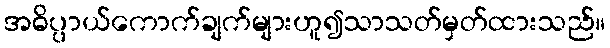
အဓိပ္ပာယ်ကောက်ချက်များဟူ၍သာသတ်မှတ်ထားသည်။